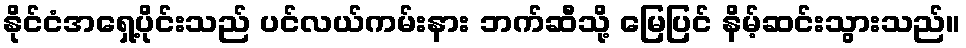
နိုင်ငံအရှေ့ပိုင်းသည် ပင်လယ်ကမ်းနား ဘက်ဆီသို့ မြေပြင် နိမ့်ဆင်းသွားသည်။